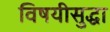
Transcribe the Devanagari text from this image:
विषयीसुद्धा